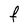
Character: F